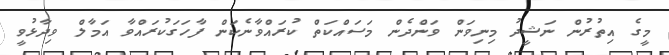
މީގެ އިތުރުން ނަޝީދު މިނިވަން ވަންދެން މަސައްކަތް ކުރައްވާނެކަން ފާހަގަކުރައްވާ އަމާލް ވިދާޅުވީ